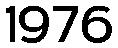
1976